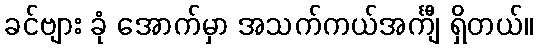
ခင်ဗျား ခုံ အောက်မှာ အသက်ကယ်အင်္ကျီ ရှိတယ်။